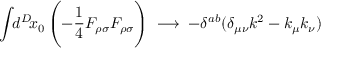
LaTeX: \int \! \! d ^ { D } \! x _ { 0 } \, \Biggl ( - \frac { 1 } { 4 } { \cal F } _ { \rho \sigma } { \cal F } _ { \rho \sigma } \Biggr ) \; \longrightarrow \; - \delta ^ { a b } ( \delta _ { \mu \nu } k ^ { 2 } - k _ { \mu } k _ { \nu } )